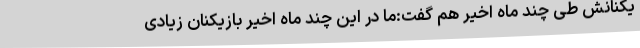
یکنانش طی چند ماه اخیر هم گفت:‌ما در این چند ماه اخیر بازیکنان زیادی